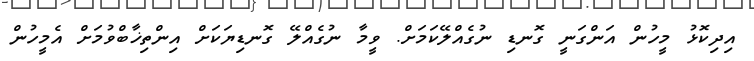
އިދިކޮޅު މީހުން އަންގަނީ ގޮނޑި ނުގެއްލޭކަމަށް. ވީމާ ނުގެއްލޭ ގޮނޑިޔަކަށް އިންތިޚާބްވުމަށް އެމީހުން